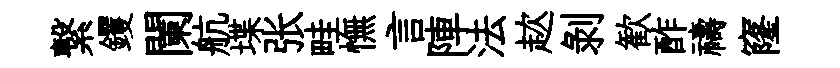
繋钁闌航堞张畦憮言陣法趑剥歓酢禱窿